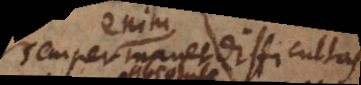
m manet difficultas